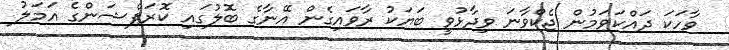
ވާހަކަ ދައްކަވަމުން ޖެކްވާނަ ވިދާޅުވީ ބަޔަކު ރާވައިގެން އޭނާގެ ބޮލުގައި ކޮރަޕްޝަންގެ އަމަލު